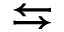
\leftrightarrows